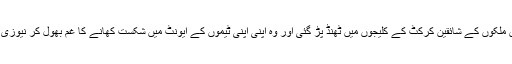
اور بھارتی شکست کو دیکھتے ہی دونوں ملکوں کے شائقین کرکٹ کے کلیجوں میں ٹھنڈ پڑ گئی اور وہ اپنی اپنی ٹیموں کے ایونٹ میں شکست کھانے کا غم بھول کر نیوزی لینڈ کی جیت کا جشن مناناشروع ہوگئے۔